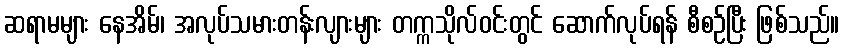
ဆရာမများ နေအိမ်၊ အလုပ်သမားတန်းလျားများ တက္ကသိုလ်ဝင်းတွင် ဆောက်လုပ်ရန် စီစဉ်ပြီး ဖြစ်သည်။